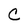
Character: C